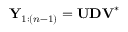
\mathbf { Y } _ { 1 : ( n - 1 ) } = \mathbf { U D V } ^ { * }